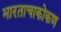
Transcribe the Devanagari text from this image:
भारताचाकोकण